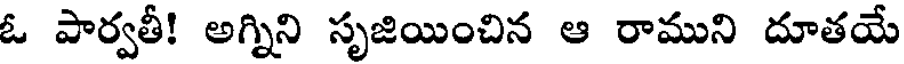
ఓ పార్వతీ! అగ్నిని సృజియించిన ఆ రాముని దూతయే